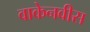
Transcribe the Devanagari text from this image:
वाकेनवीस